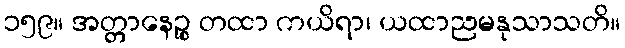
၁၅၉။ အတ္တာနေဉ္စ တထာ ကယိရာ၊ ယထာညမနုသာသတိ။